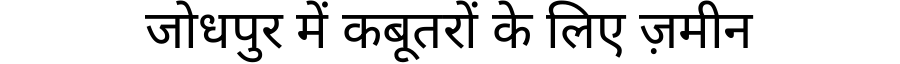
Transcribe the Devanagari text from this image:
जोधपुर में कबूतरों के लिए ज़मीन